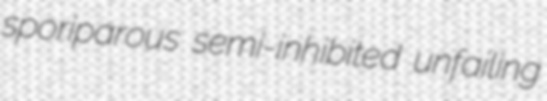
sporiparous semi-inhibited unfailing